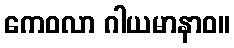
ကေဝလာ ဂါယမာနာဝ။